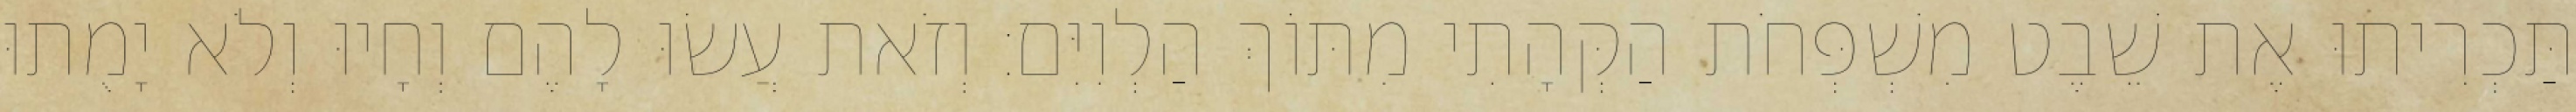
תַּכְרִיתוּ אֶת שֵׁבֶט מִשְׁפְּחֹת הַקְּהָתִי מִתּוֹךְ הַלְוִיִּם׃ וְזֹאת עֲשׂוּ לָהֶם וְחָיוּ וְלֹא יָמֻתוּ